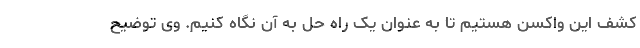
کشف این واکسن هستیم تا به عنوان یک راه حل به آن نگاه کنیم. وی توضیح